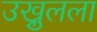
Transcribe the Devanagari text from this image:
उख्रुलला